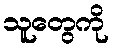
သူတွေကို